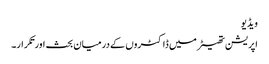
ویڈیو
اپریشن تھیٹر میں ڈاکٹروں کے درمیان بحث اورتکرار۔